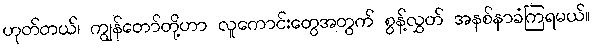
ဟုတ်တယ်၊ ကျွန်တော်တို့ဟာ လူကောင်းတွေအတွက် စွန့်လွှတ် အနစ်နာခံကြရမယ်။